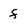
Character: f